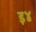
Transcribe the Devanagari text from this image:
इ४